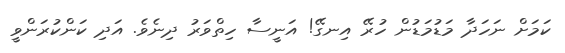
ކަމަށް ނަހަދާ މަޑުމަޑުން ހުރޭ އިނގޭ! އަނީސާ ހިތްވަރު ދިނެވެ. އަދި ކަންކުރަންވީ